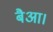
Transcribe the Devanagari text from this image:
बैआ।